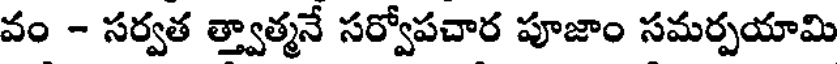
వం - సర్వత త్త్వాత్మనే సర్వోపచార పూజాం సమర్పయామి